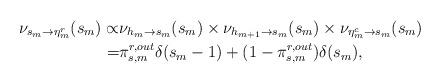
LaTeX: \begin{align*}\nu_{s_{m}\rightarrow\eta_{m}^{r}}(s_{m})\propto & \nu_{h_{m}\rightarrow s_{m}}(s_{m})\times\nu_{h_{m+1}\rightarrow s_{m}}(s_{m})\times\nu_{\eta_{m}^{c}\rightarrow s_{m}}(s_{m}) \\= & \pi_{s,m}^{r,out}\delta(s_{m}-1)+(1-\pi_{s,m}^{r,out})\delta(s_{m}),\end{align*}